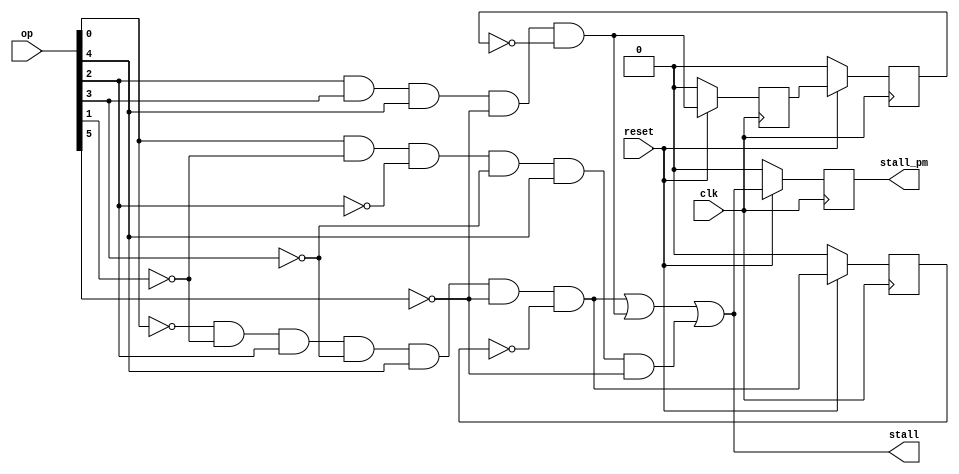
`timescale 1ns / 1ps
//////////////////////////////////////////////////////////////////////////////////
// Company: 
// Engineer: 
// 
// Design Name: 
// Module Name:    Stall_Control_Block 
// Project Name: 
// Target Devices: 
// Tool versions: 
// Description: 
//
// Dependencies: 
//
// Revision: 
// Revision 0.01 - File Created
// Additional Comments: 
//
//////////////////////////////////////////////////////////////////////////////////
module Stall_Control_Block(op,clk,reset,stall,stall_pm);

input [5:0] op; // opcode....
input clk;
input reset;

output stall; // Selection line for hold address or next address.
output reg stall_pm; // Selection line for Previous instruction or current instruction...

wire HLT,Ld,JUMP;


reg Ld1 , JUMP1 , JUMP2 ; 
wire Ld1_temp,Jump1_temp1,Jump_temp2,stall_tmp;

assign HLT = ( op[0] & ~op[1] & ~op[2] & ~op[3] & op[4] & ~op[5]);
/*
	HLT is hold condition where you have to hold addresss till next positive edge comes. */

assign Ld = ( ~op[0] & ~op[1] & op[2] & ~op[3] & op[4] & ~op[5] & ~Ld1);
/*
	Ld is basically a Load instruction where we have to load the data to memory. for this work we have delay upto at least one clock pulse.
*/

assign JUMP = (op[2] & op[3] & op[4] & (~op[5]) & (~(JUMP2)));
/*
	JUMP instuction used when  we want jump to a specific address for this instuction we have to a two clock pulse delay.
*/

// reset conditions...
assign Ld1_temp = (reset) ? Ld : 1'b0;  // this a for a Load 
assign Jump_temp1 = (reset) ? JUMP : 1'b0 ; // this reset condition for first flipflop of jump.
assign Jump_temp2 = (reset) ? JUMP1 : 1'b0; // this reset condition for second flipflop of jump.
assign stall_tmp = (reset) ? stall : 1'b0 ; // this reset for the output stall_pm.

/*
	All the outputs of flipflop are assign when positive edge of cloc pulse come.....
*/
always@(posedge clk)
begin
	Ld1 = Ld1_temp; // LD1 = output of flip flop for load instruction.
	JUMP1 = Jump_temp1; // JUMP1 = output of First flip flop of jump instruction....
	JUMP2 = Jump_temp2; // JUMP2 = output of Second flip flop of jump instruction....
	stall_pm <= stall_tmp; // Output of a module.
end

assign stall = (Ld | JUMP | HLT );




endmodule